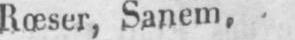
Rœser, Sanem.